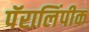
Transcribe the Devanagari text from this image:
पॅरालिंपीक